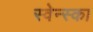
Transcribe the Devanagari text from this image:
स्वेन्स्का